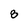
Character: 8